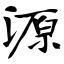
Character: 源